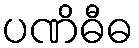
ပဏိဓီဓ